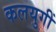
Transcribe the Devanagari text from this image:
कलयुगीं